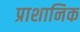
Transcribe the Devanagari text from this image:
प्राशानिक